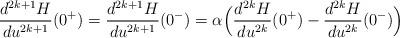
LaTeX: \begin{align*} \frac{d^{2k+1}H}{du^{2k+1}}(0^+)= \frac{d^{2k+1}H}{du^{2k+1}}(0^-) = \alpha \Big(\frac{d^{2k}H}{du^{2k}}(0^+)-\frac{d^{2k}H}{du^{2k}}(0^-)\Big)\end{align*}